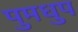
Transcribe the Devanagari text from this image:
पुमधुप